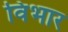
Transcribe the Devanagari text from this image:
विभार